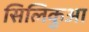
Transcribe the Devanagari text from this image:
सिलिकुआ